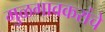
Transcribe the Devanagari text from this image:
मुळगावकरांचे